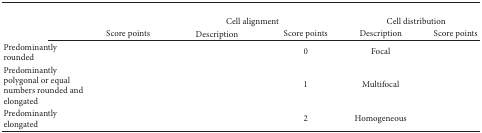
<table><thead><tr><td colspan="6">[EMPTY_CELL]</td></tr><tr><td colspan="2">[EMPTY_CELL]</td><td colspan="2"><b>Cell alignment</b></td><td colspan="2"><b>Cell distribution</b></td></tr><tr><td>[EMPTY_CELL]</td><td><b>Score points</b></td><td><b>Description</b></td><td><b>Score points</b></td><td><b>Description</b></td><td><b>Score points</b></td></tr></thead><tbody><tr><td>Predominantly rounded</td><td>[EMPTY_CELL]</td><td>[EMPTY_CELL]</td><td>0</td><td>Focal </td><td>[EMPTY_CELL]</td></tr><tr><td>Predominantly polygonal or equal numbers rounded and elongated</td><td>[EMPTY_CELL]</td><td>[EMPTY_CELL]</td><td>1</td><td>Multifocal </td><td>[EMPTY_CELL]</td></tr><tr><td>Predominantly elongated</td><td>[EMPTY_CELL]</td><td>[EMPTY_CELL]</td><td>2</td><td>Homogeneous </td><td>[EMPTY_CELL]</td></tr></tbody></table>